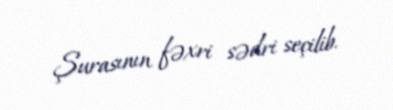
Şurasının fəxri sədri seçilib.